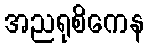
အညရုစိကေန